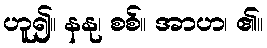
ဟူ၍။ နနု၊ စစ်။ အာဟ၊ ၏။